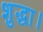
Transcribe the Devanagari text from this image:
शुद्धा।